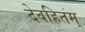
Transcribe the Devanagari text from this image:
देवहितम्